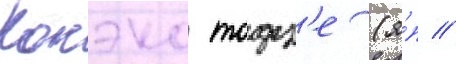
Конэко тодз'е (я́п //